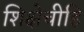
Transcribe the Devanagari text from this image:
शिक्षेचीहि